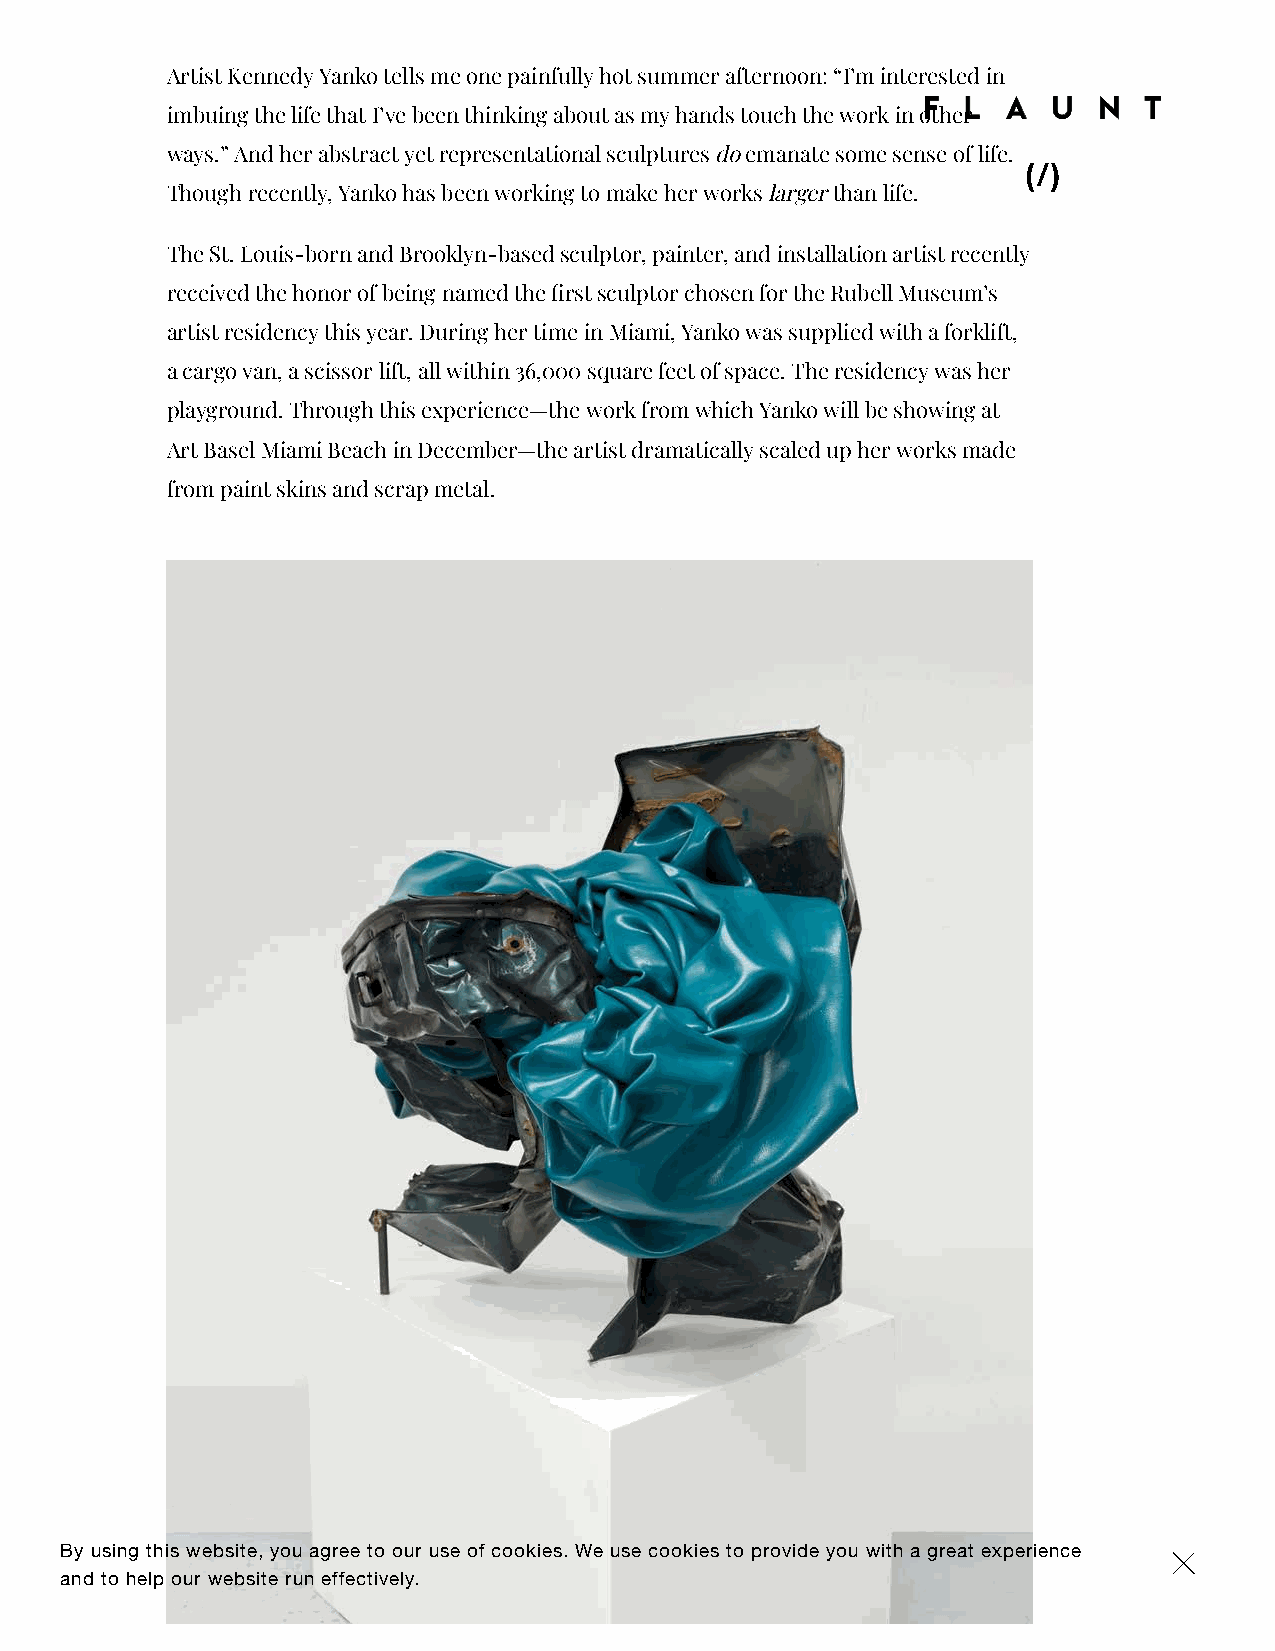
Artist Kennedy Yanko tells me one painfully hot summer afternoon: “I’m interested in
 imbuing the life that I’ve been thinking about as my hands touch the work in other
 ways.” And her abstract yet representational sculptures do emanate some sense of life.
 (/)
 Though recently, Yanko has been working to make her works larger than life.
 The St. Louis-born and Brooklyn-based sculptor, painter, and installation artist recently
 received the honor of being named the rst sculptor chosen for the Rubell Museum’s
 artist residency this year. During her time in Miami, Yanko was supplied with a forklift,
 a cargo van, a scissor lift, all within 36,000 square feet of space. The residency was her
 playground. Through this experience—the work from which Yanko will be showing at
 Art Basel Miami Beach in December—the artist dramatically scaled up her works made
 from paint skins and scrap metal.
 By using this website, you agree to our use of cookies. We use cookies to provide you with a great experience ×
 and to help our website run effectively.